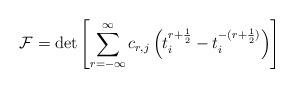
LaTeX: \begin{align*}{\cal F} = \det \left[ \sum_{r=-{\infty}}^{\infty}c_{r,j}\left(t_{i}^{r+\frac{1}{2}} - t_{i}^{-(r+\frac{1}{2})}\right)\right]\end{align*}